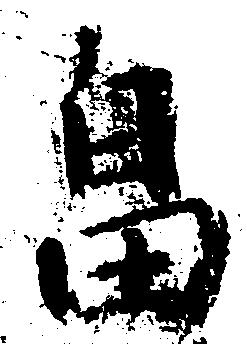
畠